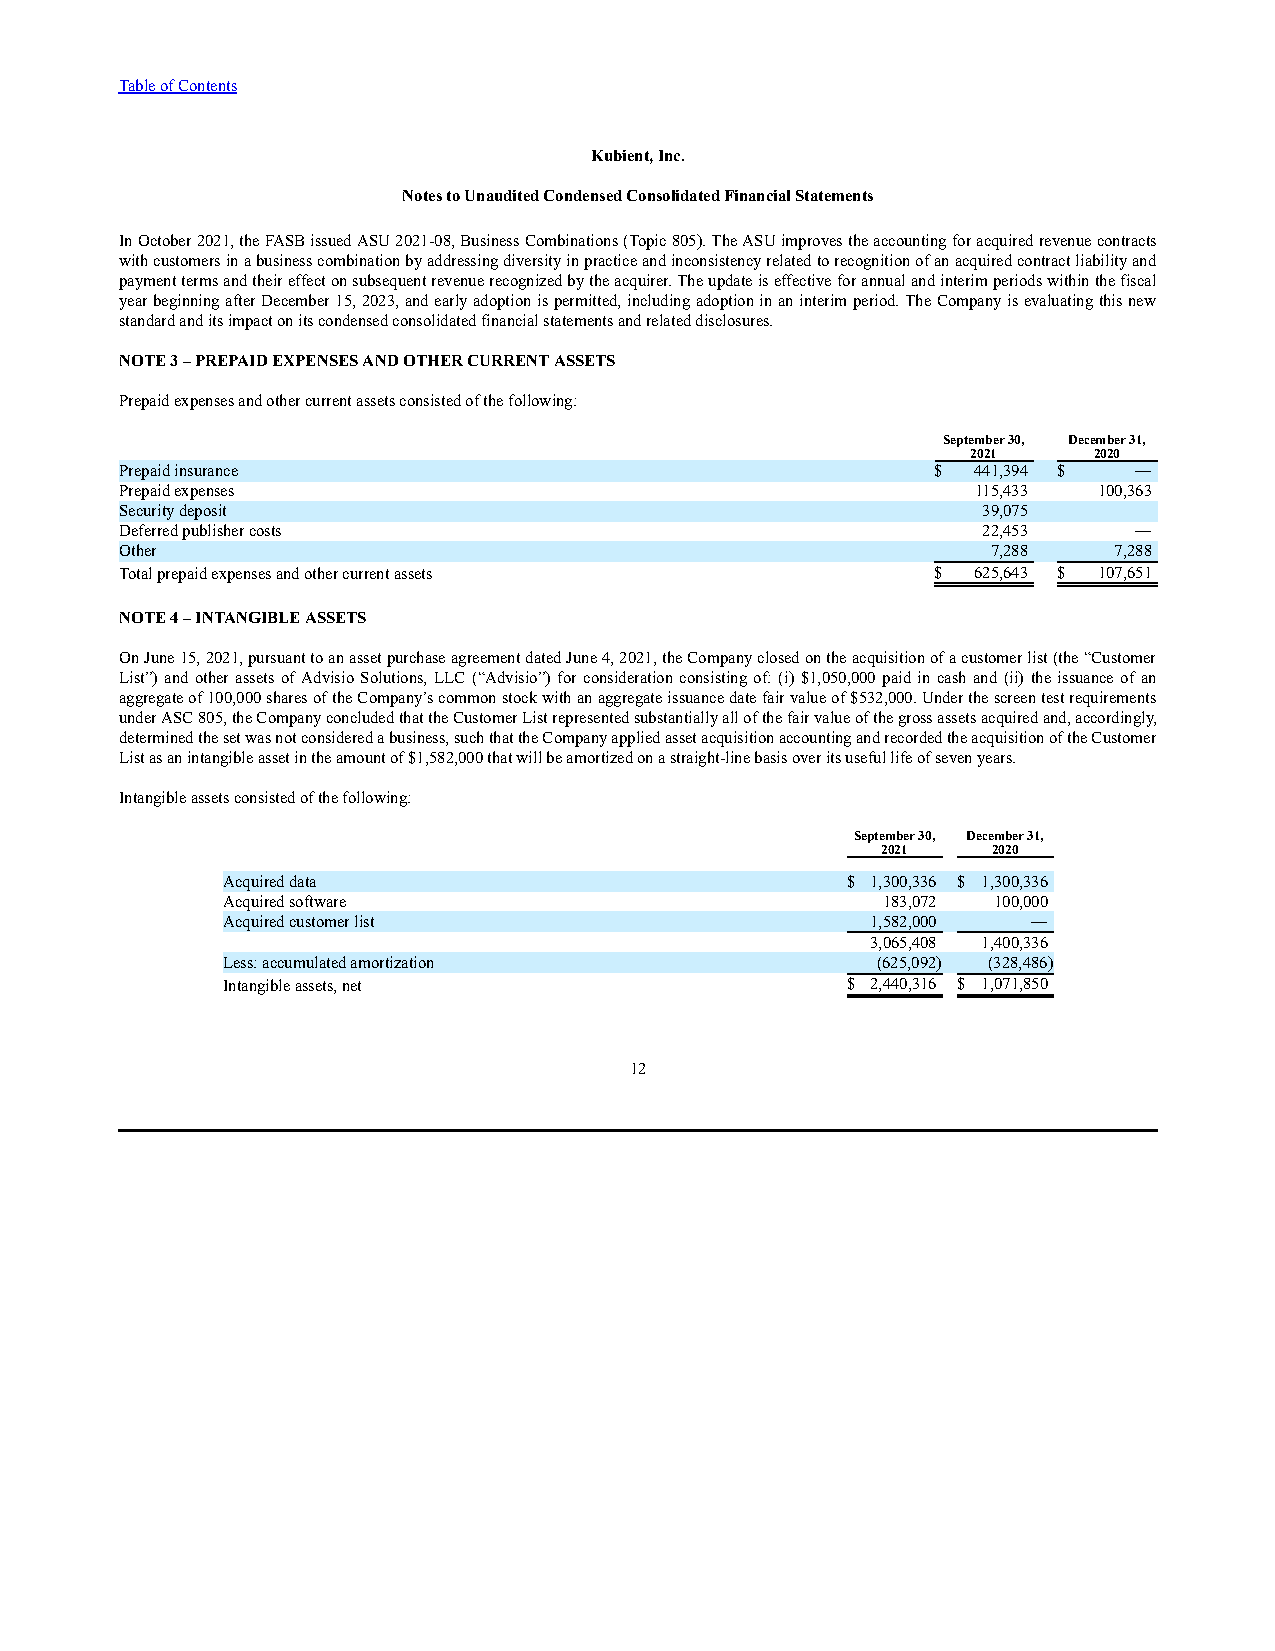
Table of Contents
 Kubient, Inc.
 Notes to Unaudited Condensed Consolidated Financial Statements
 In October 2021, the FASB issued ASU 2021-08, Business Combinations (Topic 805). The ASU improves the accounting for acquired revenue contracts
 with customers in a business combination by addressing diversity in practice and inconsistency related to recognition of an acquired contract liability and
 payment terms and their effect on subsequent revenue recognized by the acquirer. The update is effective for annual and interim periods within the fiscal
 year beginning after December 15, 2023, and early adoption is permitted, including adoption in an interim period. The Company is evaluating this new
 standard and its impact on its condensed consolidated financial statements and related disclosures.
 NOTE 3 – PREPAID EXPENSES AND OTHER CURRENT ASSETS
 Prepaid expenses and other current assets consisted of the following:
 September 30, December 31,
 2021    2020
 Prepaid insurance                                     $ 441,394 $  —
 Prepaid expenses                                         115,433 100,363
 Security deposit                                         39,075
 Deferred publisher costs                                 22,453    —
 Other                                                     7,288   7,288
 Total prepaid expenses and other current assets       $ 625,643 $ 107,651
 NOTE 4 – INTANGIBLE ASSETS
 On June 15, 2021, pursuant to an asset purchase agreement dated June 4, 2021, the Company closed on the acquisition of a customer list (the “Customer
 List”) and other assets of Advisio Solutions, LLC (“Advisio”) for consideration consisting of: (i) $1,050,000 paid in cash and (ii) the issuance of an
 aggregate of 100,000 shares of the Company’s common stock with an aggregate issuance date fair value of $532,000. Under the screen test requirements
 under ASC 805, the Company concluded that the Customer List represented substantially all of the fair value of the gross assets acquired and, accordingly,
 determined the set was not considered a business, such that the Company applied asset acquisition accounting and recorded the acquisition of the Customer
 List as an intangible asset in the amount of $1,582,000 that will be amortized on a straight-line basis over its useful life of seven years.
 Intangible assets consisted of the following:
 September 30, December 31,
 2021    2020
 Acquired data                            $ 1,300,336 $ 1,300,336
 Acquired software                          183,072 100,000
 Acquired customer list                     1,582,000 —
 3,065,408 1,400,336
 Less: accumulated amortization             (625,092) (328,486)
 Intangible assets, net                   $ 2,440,316 $ 1,071,850
 12